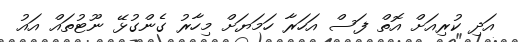
އަދި ކުރިއަށް އޮތް ފަސް އަހަރާ ހަމަޔަށް މިހާރު ގެންގުޅޭ ނޫޓުތައް އައު